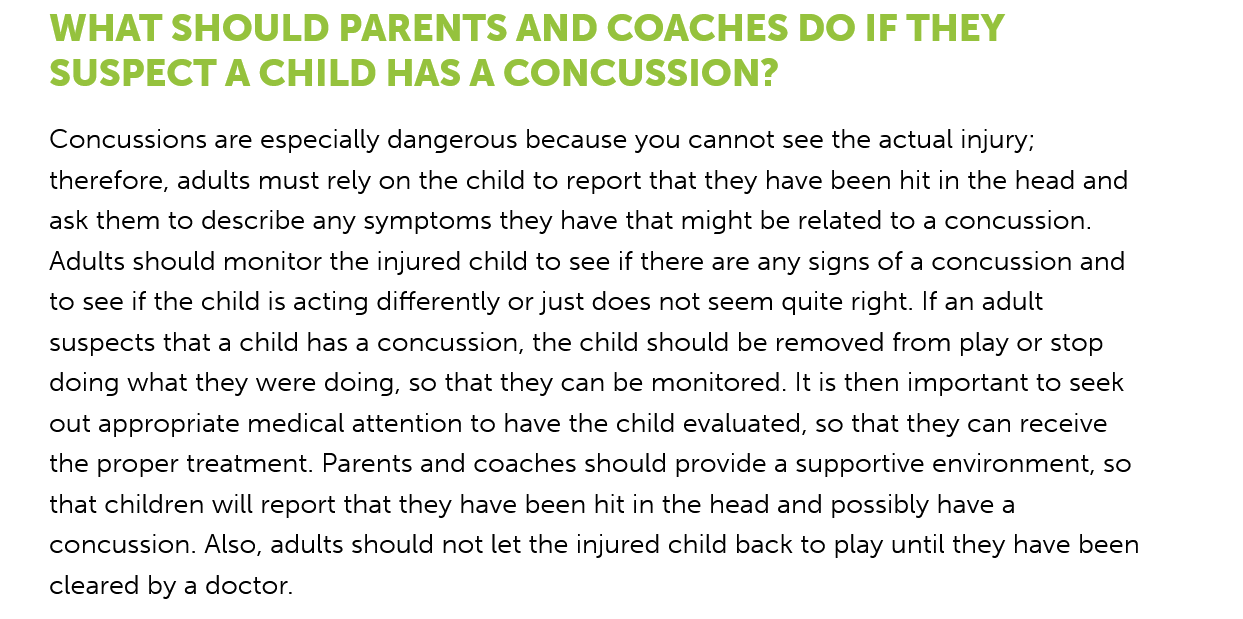
WHAT    SHOULD   PARENTS    AND   COACHES    DO    IF THEY
    SUSPECT    A  CHILD    HAS  A  CONCUSSION?
    Concussions are especially dangerous because you cannot see the actual injury;
    therefore, adults must rely on the child to report that they have been hit in the head and
    ask them to describe any symptoms they have that might be related to a concussion.
    Adults should monitor the injured child to see if there are any signs of a concussion and
    to see if the child is acting differently or just does not seem quite right. If an adult
    suspects that a child has a concussion, the child should be removed from play or stop
    doing what they were doing, so that they can be monitored. It is then important to seek
    out appropriate medical attention to have the child evaluated, so that they can receive
    the proper treatment. Parents and coaches should provide a supportive environment, so
    that children will report that they have been hit in the head and possibly have a
    concussion. Also, adults should not let the injured child back to play until they have been
    cleared by a doctor.